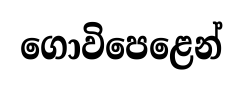
ගොවිපෙළෙන්